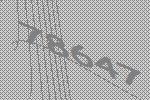
78647